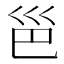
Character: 𪩡